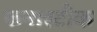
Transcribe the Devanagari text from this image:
फनास्टीक